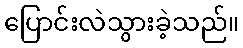
ပြောင်းလဲသွားခဲ့သည်။